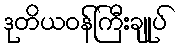
ဒုတိယဝန်ကြီးချုပ်